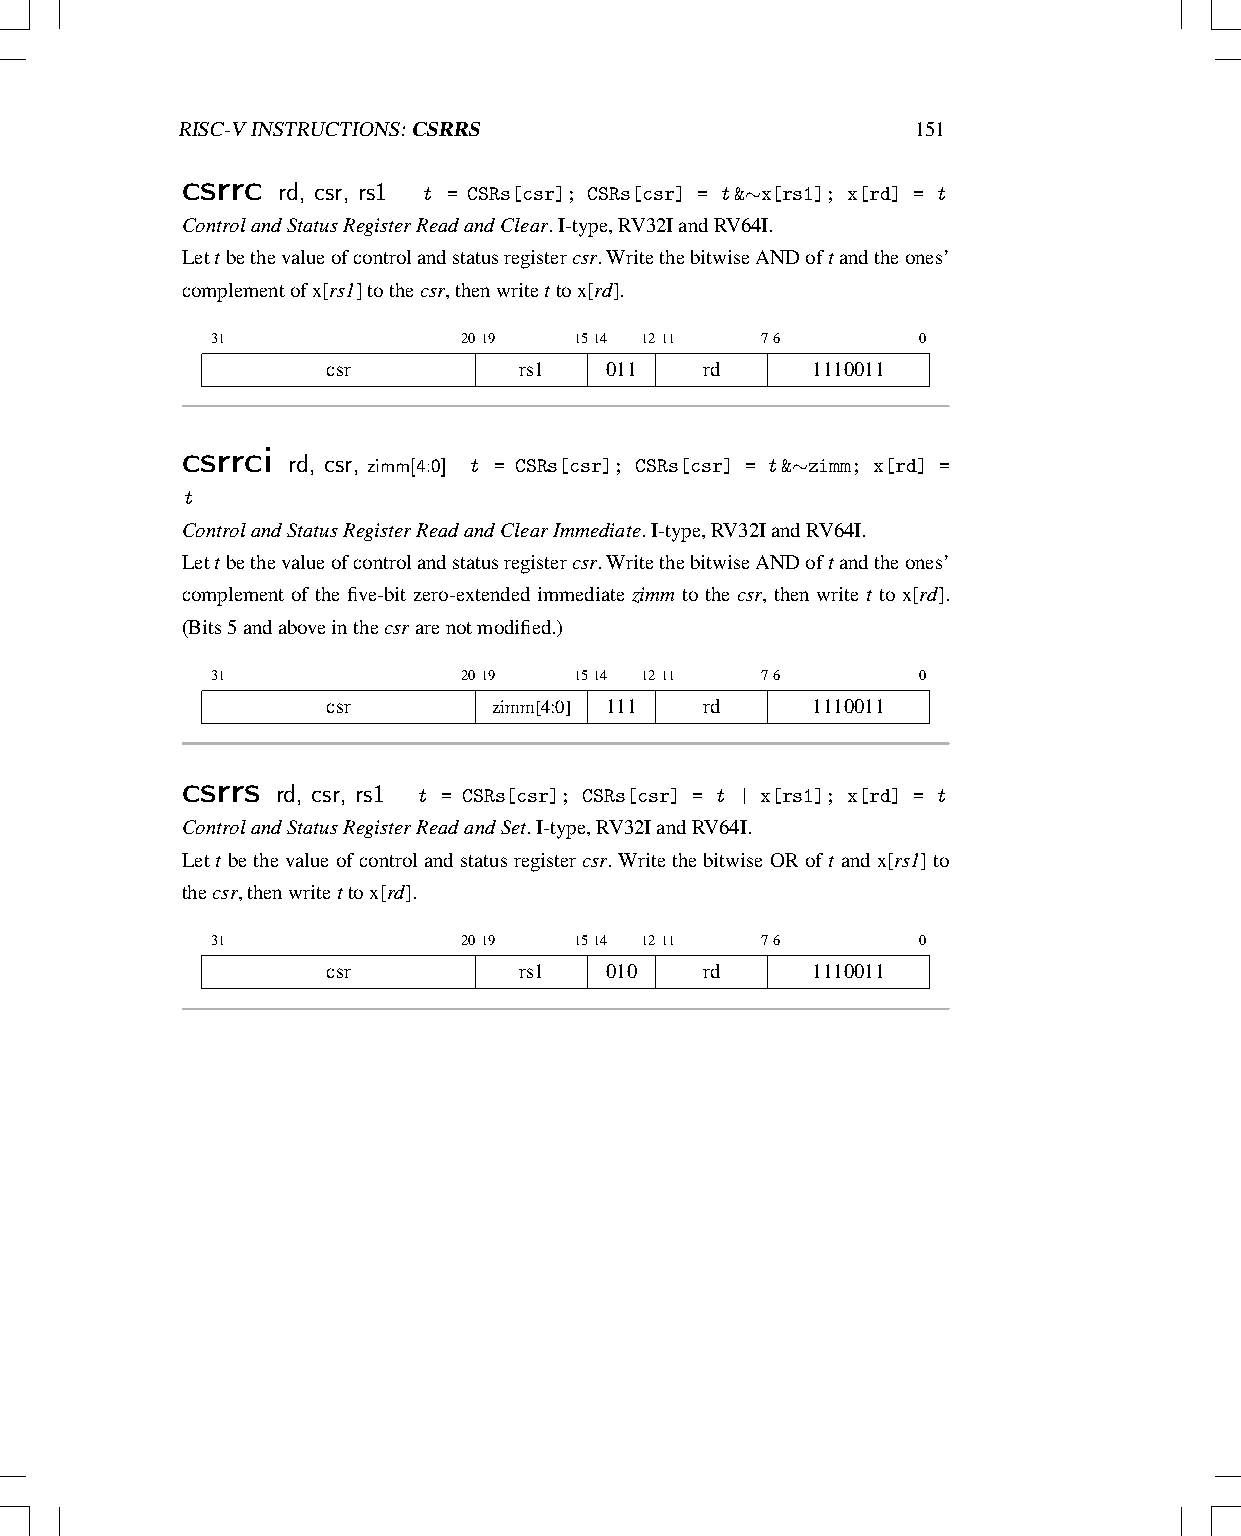
RISC-VINSTRUCTIONS:CSRRS                         151
 csrrc rd, csr, rs1 t = CSRs[csr]; CSRs[csr] = t&∼x[rs1]; x[rd] = t
 ControlandStatusRegisterReadandClear.I-type,RV32IandRV64I.
 Lettbethevalueofcontrolandstatusregistercsr.WritethebitwiseANDoftandtheones’
 complementofx[rs1]tothecsr,thenwritettox[rd].
 31               2019   1514 1211   76         0
 csr         rs1   011    rd     1110011
 csrrci rd, csr, zimm[4:0] t = CSRs[csr]; CSRs[csr] = t&∼zimm; x[rd] =
 t
 ControlandStatusRegisterReadandClearImmediate.I-type,RV32IandRV64I.
 Lettbethevalueofcontrolandstatusregistercsr.WritethebitwiseANDoftandtheones’
 complement of the five-bit zero-extended immediate zimm to the csr, then write t to x[rd].
 (Bits5andaboveinthecsrarenotmodified.)
 31               2019   1514 1211   76         0
 csr        zimm[4:0] 111 rd     1110011
 csrrs rd, csr, rs1
 t = CSRs[csr]; CSRs[csr] = t | x[rs1]; x[rd] = t
 ControlandStatusRegisterReadandSet.I-type,RV32IandRV64I.
 Lett bethevalueofcontrolandstatusregistercsr.WritethebitwiseORoft andx[rs1]to
 thecsr,thenwritettox[rd].
 31               2019   1514 1211   76         0
 csr         rs1   010    rd     1110011